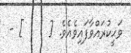
ވަޙީކުރައްވާފައިވެއެވެ. [     ] -